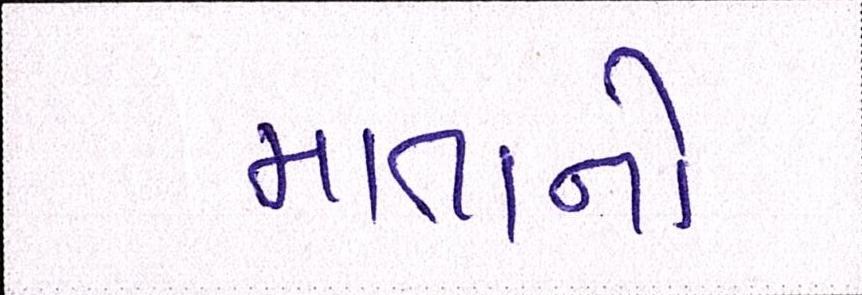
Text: માતાનો